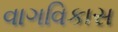
વાગવિકાસ